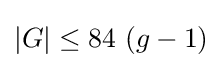
|G|\leq 84{\text{ }}(g-1)